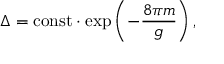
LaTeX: \Delta = \mathrm { c o n s t } \cdot \exp \left( - \frac { 8 \pi m } { g } \right) ,